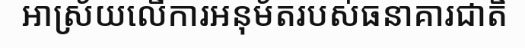
អាស្រ័យលើការអនុម័តរបស់ធនាគារជាតិ